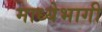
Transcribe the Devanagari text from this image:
माध्येभागी